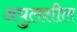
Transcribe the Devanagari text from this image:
अघुलशील